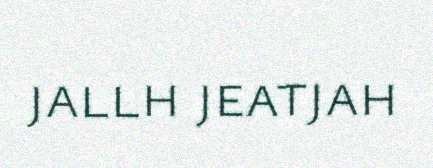
jallh jeatjah